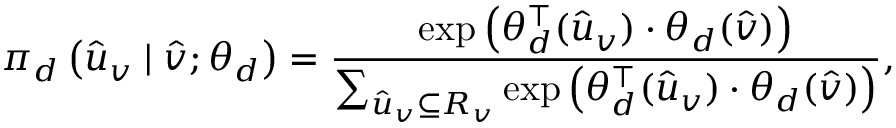
\pi _ { d } \left( \hat { u } _ { v } \mid \hat { v } ; \theta _ { d } \right) = \frac { \exp \left( \theta _ { d } ^ { \top } ( \hat { u } _ { v } ) \cdot \theta _ { d } ( \hat { v } ) \right) } { \sum _ { \hat { u } _ { v } \subseteq { \cal R } _ { v } } \exp \left( \theta _ { d } ^ { \top } ( \hat { u } _ { v } ) \cdot \theta _ { d } ( \hat { v } ) \right) } ,